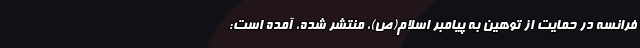
فرانسه در حمایت از توهین به پیامبر اسلام(ص)، منتشر شده، آمده است: